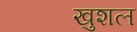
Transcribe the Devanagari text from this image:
खुशल